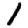
Digit: 1